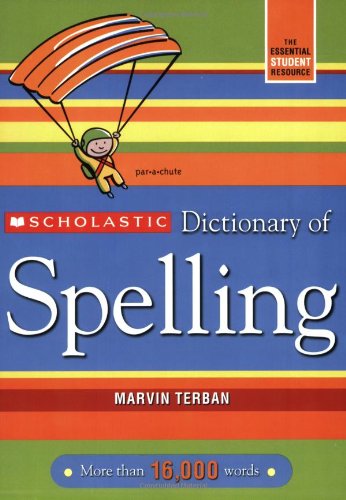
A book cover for Scholastic Dictionary of Spelling; Marvin Terban; Children's Books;